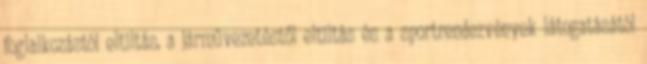
foglalkozástól eltiltás, a járművezetéstől eltiltás és a sportrendezvények látogatásától